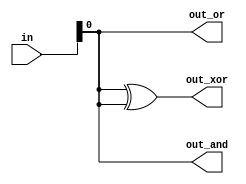
module top_module (
  input [99:0] in,
  output out_and,
  output out_or,
  output out_xor
);

  wire [99:0] and_out;
  wire [99:0] or_out;
  wire [99:0] xor_out;

  // AND gate
  assign and_out = in & in;

  // OR gate
  assign or_out = in | in;

  // XOR gate
  assign xor_out = in ^ in;

  // Connect the outputs to the ports
  assign out_and = and_out;
  assign out_or = or_out;
  assign out_xor = xor_out;

endmodule